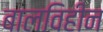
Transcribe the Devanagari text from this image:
बालविहीन